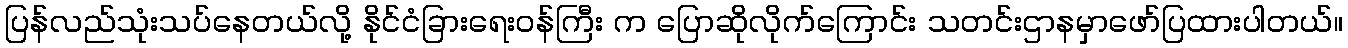
ပြန်လည်သုံးသပ်နေတယ်လို့ နိုင်ငံခြားရေးဝန်ကြီး က ပြောဆိုလိုက်ကြောင်း သတင်းဌာနမှာဖော်ပြထားပါတယ်။